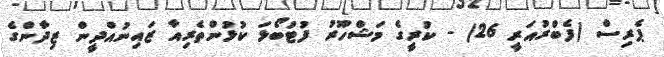
ޕެރިސް (ފެބްރުއަރީ 26) - ކުރީގެ މަޝްހޫރު ފުޓުބޯޅަ ކުޅުންތެރިއާ ޒައިނުއްދީން ޒިދާންގެ